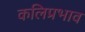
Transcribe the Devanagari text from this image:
कलिप्रभाव